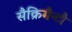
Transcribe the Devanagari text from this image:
सैक्रिमैन्टौ